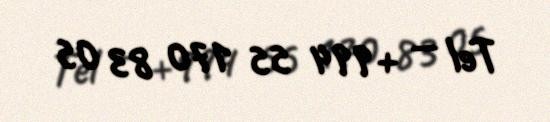
Tel — +994 55 170 83 05